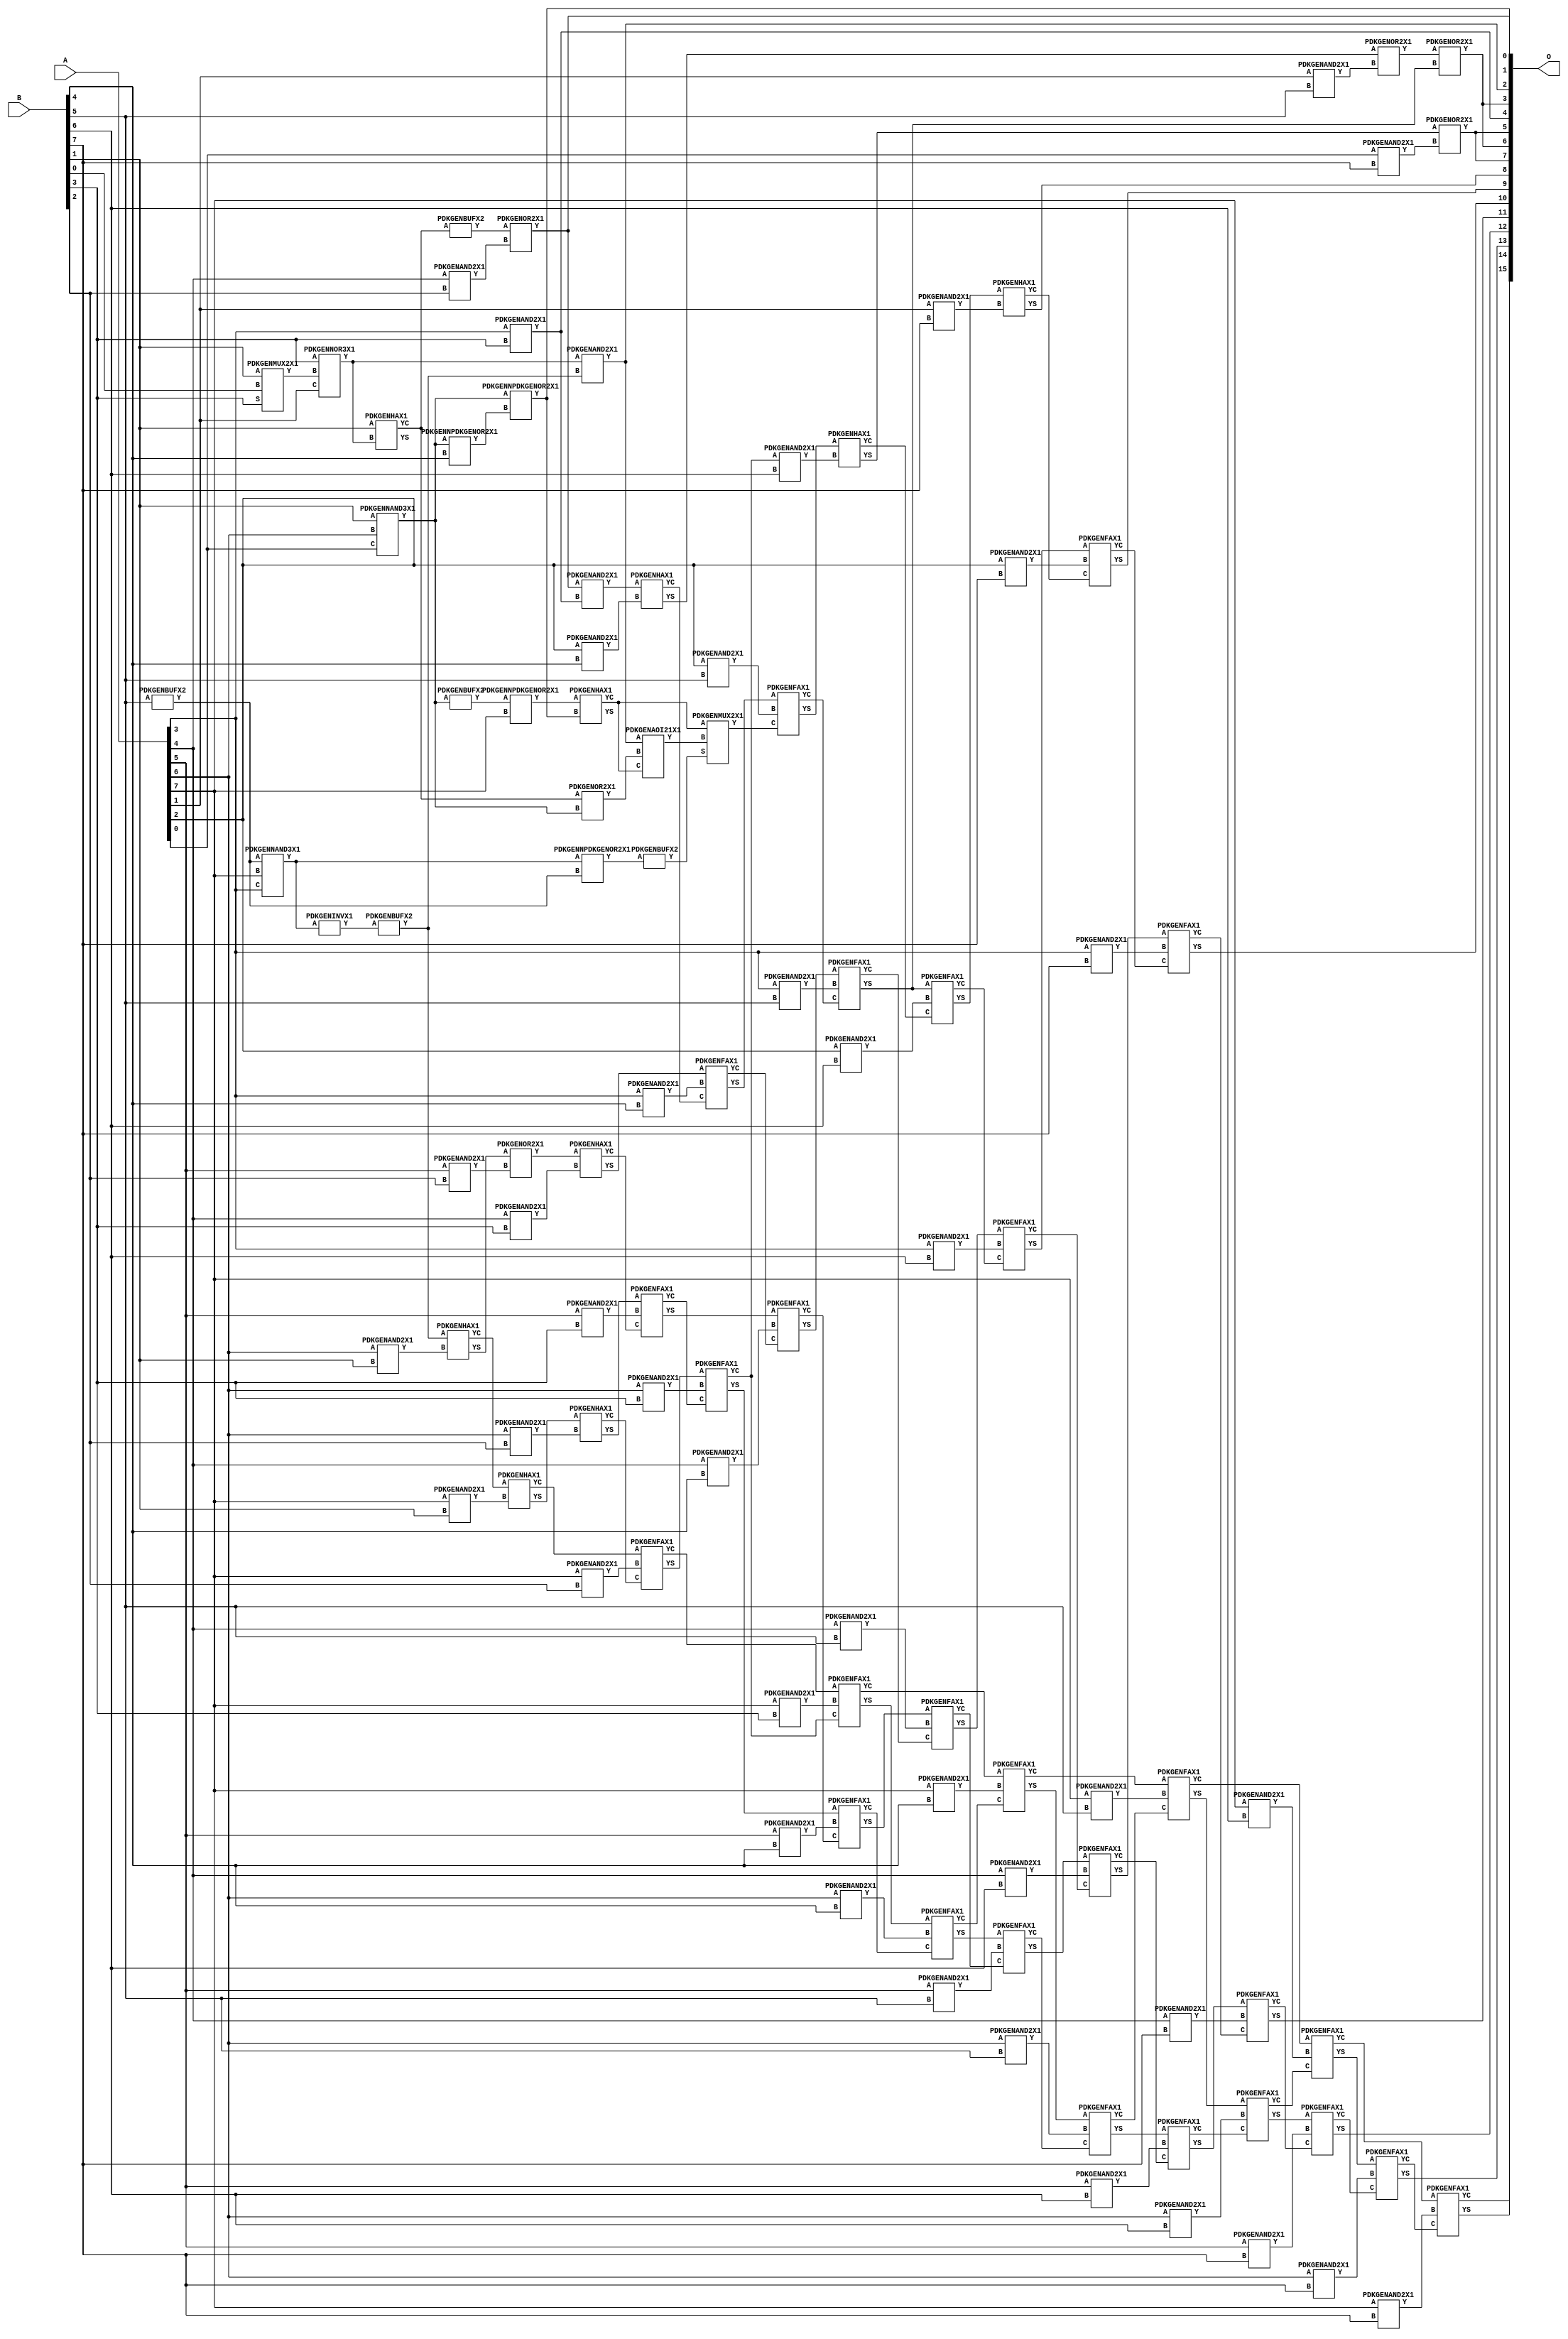
// Library = EvoApprox8b
// Circuit = mul8_410
// Area   (180) = 5960
// Delay  (180) = 3.880
// Power  (180) = 2594.10
// Area   (45) = 434
// Delay  (45) = 1.400
// Power  (45) = 225.00
// Nodes = 99
// HD = 318672
// MAE = 186.89563
// MSE = 54876.71094
// MRE = 4.56 %
// WCE = 920
// WCRE = 100 %
// EP = 97.8 %

module mul8_410(A, B, O);
  input [7:0] A;
  input [7:0] B;
  output [15:0] O;
  wire [2031:0] N;

  assign N[0] = A[0];
  assign N[1] = A[0];
  assign N[2] = A[1];
  assign N[3] = A[1];
  assign N[4] = A[2];
  assign N[5] = A[2];
  assign N[6] = A[3];
  assign N[7] = A[3];
  assign N[8] = A[4];
  assign N[9] = A[4];
  assign N[10] = A[5];
  assign N[11] = A[5];
  assign N[12] = A[6];
  assign N[13] = A[6];
  assign N[14] = A[7];
  assign N[15] = A[7];
  assign N[16] = B[0];
  assign N[17] = B[0];
  assign N[18] = B[1];
  assign N[19] = B[1];
  assign N[20] = B[2];
  assign N[21] = B[2];
  assign N[22] = B[3];
  assign N[23] = B[3];
  assign N[24] = B[4];
  assign N[25] = B[4];
  assign N[26] = B[5];
  assign N[27] = B[5];
  assign N[28] = B[6];
  assign N[29] = B[6];
  assign N[30] = B[7];
  assign N[31] = B[7];

  PDKGENNAND3X1 n32(.A(N[18]), .B(N[12]), .C(N[0]), .Y(N[32]));
  assign N[33] = N[32];
  PDKGENMUX2X1 n34(.A(N[18]), .B(N[16]), .S(N[22]), .Y(N[34]));
  PDKGENNOR3X1 n38(.A(N[22]), .B(N[34]), .C(N[2]), .Y(N[38]));
  assign N[39] = N[38];
  PDKGENHAX1 n40(.A(N[18]), .B(N[39]), .YS(N[40]), .YC(N[41]));
  PDKGENNPDKGENOR2X1 n42(.A(N[33]), .B(N[24]), .Y(N[42]));
  PDKGENBUFX2 n46(.A(N[26]), .Y(N[46]));
  PDKGENNAND3X1 n48(.A(N[46]), .B(N[14]), .C(N[6]), .Y(N[48]));
  assign N[49] = N[48];
  PDKGENOR2X1 n50(.A(N[41]), .B(N[32]), .Y(N[50]));
  assign N[51] = N[50];
  PDKGENNPDKGENOR2X1 n54(.A(N[33]), .B(N[42]), .Y(N[54]));
  PDKGENBUFX2 n56(.A(N[33]), .Y(N[56]));
  assign N[57] = N[56];
  PDKGENINVX1 n60(.A(N[49]), .Y(N[60]));
  assign N[61] = N[60];
  PDKGENNPDKGENOR2X1 n72(.A(N[49]), .B(N[46]), .Y(N[72]));
  assign N[73] = N[72];
  PDKGENBUFX2 n76(.A(N[61]), .Y(N[76]));
  assign N[77] = N[76];
  PDKGENAND2X1 n82(.A(N[39]), .B(N[76]), .Y(N[82]));
  assign N[83] = N[82];
  PDKGENNPDKGENOR2X1 n96(.A(N[57]), .B(N[14]), .Y(N[96]));
  assign N[97] = N[96];
  PDKGENHAX1 n120(.A(N[97]), .B(N[54]), .YS(N[120]), .YC(N[121]));
  PDKGENAOI21X1 n146(.A(N[83]), .B(N[51]), .C(N[121]), .Y(N[146]));
  PDKGENBUFX2 n224(.A(N[73]), .Y(N[224]));
  assign N[225] = N[224];
  PDKGENMUX2X1 n242(.A(N[121]), .B(N[146]), .S(N[225]), .Y(N[242]));
  assign N[243] = N[242];
  PDKGENAND2X1 n264(.A(N[12]), .B(N[18]), .Y(N[264]));
  PDKGENAND2X1 n282(.A(N[14]), .B(N[18]), .Y(N[282]));
  PDKGENBUFX2 n376(.A(N[41]), .Y(N[376]));
  assign N[377] = N[376];
  PDKGENHAX1 n398(.A(N[77]), .B(N[264]), .YS(N[398]), .YC(N[399]));
  PDKGENHAX1 n414(.A(N[399]), .B(N[282]), .YS(N[414]), .YC(N[415]));
  PDKGENAND2X1 n498(.A(N[8]), .B(N[20]), .Y(N[498]));
  PDKGENAND2X1 n514(.A(N[10]), .B(N[20]), .Y(N[514]));
  PDKGENAND2X1 n532(.A(N[12]), .B(N[20]), .Y(N[532]));
  PDKGENAND2X1 n548(.A(N[14]), .B(N[20]), .Y(N[548]));
  PDKGENOR2X1 n632(.A(N[377]), .B(N[498]), .Y(N[632]));
  assign N[633] = N[632];
  PDKGENOR2X1 n648(.A(N[398]), .B(N[514]), .Y(N[648]));
  PDKGENHAX1 n664(.A(N[414]), .B(N[532]), .YS(N[664]), .YC(N[665]));
  PDKGENFAX1 n682(.A(N[415]), .B(N[548]), .C(N[665]), .YS(N[682]), .YC(N[683]));
  PDKGENAND2X1 n748(.A(N[6]), .B(N[22]), .Y(N[748]));
  assign N[749] = N[748];
  PDKGENAND2X1 n764(.A(N[8]), .B(N[22]), .Y(N[764]));
  PDKGENAND2X1 n782(.A(N[10]), .B(N[22]), .Y(N[782]));
  PDKGENAND2X1 n798(.A(N[12]), .B(N[22]), .Y(N[798]));
  PDKGENAND2X1 n814(.A(N[14]), .B(N[22]), .Y(N[814]));
  PDKGENAND2X1 n882(.A(N[632]), .B(N[748]), .Y(N[882]));
  PDKGENHAX1 n898(.A(N[648]), .B(N[764]), .YS(N[898]), .YC(N[899]));
  PDKGENFAX1 n914(.A(N[664]), .B(N[782]), .C(N[899]), .YS(N[914]), .YC(N[915]));
  PDKGENFAX1 n932(.A(N[682]), .B(N[798]), .C(N[915]), .YS(N[932]), .YC(N[933]));
  PDKGENFAX1 n948(.A(N[683]), .B(N[814]), .C(N[933]), .YS(N[948]), .YC(N[949]));
  PDKGENAND2X1 n998(.A(N[4]), .B(N[24]), .Y(N[998]));
  PDKGENAND2X1 n1014(.A(N[6]), .B(N[24]), .Y(N[1014]));
  PDKGENAND2X1 n1032(.A(N[8]), .B(N[24]), .Y(N[1032]));
  PDKGENAND2X1 n1048(.A(N[10]), .B(N[24]), .Y(N[1048]));
  PDKGENAND2X1 n1064(.A(N[12]), .B(N[24]), .Y(N[1064]));
  PDKGENAND2X1 n1082(.A(N[14]), .B(N[24]), .Y(N[1082]));
  PDKGENHAX1 n1132(.A(N[882]), .B(N[998]), .YS(N[1132]), .YC(N[1133]));
  PDKGENFAX1 n1148(.A(N[898]), .B(N[1014]), .C(N[1133]), .YS(N[1148]), .YC(N[1149]));
  PDKGENFAX1 n1164(.A(N[914]), .B(N[1032]), .C(N[1149]), .YS(N[1164]), .YC(N[1165]));
  PDKGENFAX1 n1182(.A(N[932]), .B(N[1048]), .C(N[1165]), .YS(N[1182]), .YC(N[1183]));
  PDKGENFAX1 n1198(.A(N[948]), .B(N[1064]), .C(N[1183]), .YS(N[1198]), .YC(N[1199]));
  PDKGENFAX1 n1214(.A(N[949]), .B(N[1082]), .C(N[1199]), .YS(N[1214]), .YC(N[1215]));
  PDKGENAND2X1 n1248(.A(N[2]), .B(N[26]), .Y(N[1248]));
  PDKGENAND2X1 n1264(.A(N[4]), .B(N[26]), .Y(N[1264]));
  PDKGENAND2X1 n1282(.A(N[6]), .B(N[26]), .Y(N[1282]));
  PDKGENAND2X1 n1298(.A(N[8]), .B(N[26]), .Y(N[1298]));
  PDKGENAND2X1 n1314(.A(N[10]), .B(N[26]), .Y(N[1314]));
  PDKGENAND2X1 n1332(.A(N[12]), .B(N[26]), .Y(N[1332]));
  PDKGENAND2X1 n1348(.A(N[14]), .B(N[26]), .Y(N[1348]));
  PDKGENOR2X1 n1382(.A(N[1132]), .B(N[1248]), .Y(N[1382]));
  PDKGENFAX1 n1398(.A(N[1148]), .B(N[1264]), .C(N[243]), .YS(N[1398]), .YC(N[1399]));
  PDKGENFAX1 n1414(.A(N[1164]), .B(N[1282]), .C(N[1399]), .YS(N[1414]), .YC(N[1415]));
  PDKGENFAX1 n1432(.A(N[1182]), .B(N[1298]), .C(N[1415]), .YS(N[1432]), .YC(N[1433]));
  PDKGENFAX1 n1448(.A(N[1198]), .B(N[1314]), .C(N[1433]), .YS(N[1448]), .YC(N[1449]));
  PDKGENFAX1 n1464(.A(N[1214]), .B(N[1332]), .C(N[1449]), .YS(N[1464]), .YC(N[1465]));
  PDKGENFAX1 n1482(.A(N[1215]), .B(N[1348]), .C(N[1465]), .YS(N[1482]), .YC(N[1483]));
  PDKGENAND2X1 n1514(.A(N[933]), .B(N[28]), .Y(N[1514]));
  PDKGENAND2X1 n1532(.A(N[4]), .B(N[28]), .Y(N[1532]));
  PDKGENAND2X1 n1548(.A(N[6]), .B(N[28]), .Y(N[1548]));
  PDKGENAND2X1 n1564(.A(N[8]), .B(N[28]), .Y(N[1564]));
  PDKGENAND2X1 n1582(.A(N[10]), .B(N[28]), .Y(N[1582]));
  PDKGENAND2X1 n1598(.A(N[12]), .B(N[28]), .Y(N[1598]));
  PDKGENAND2X1 n1614(.A(N[14]), .B(N[28]), .Y(N[1614]));
  PDKGENOR2X1 n1632(.A(N[1382]), .B(N[1414]), .Y(N[1632]));
  PDKGENHAX1 n1648(.A(N[1398]), .B(N[1514]), .YS(N[1648]), .YC(N[1649]));
  PDKGENFAX1 n1664(.A(N[1414]), .B(N[1532]), .C(N[1649]), .YS(N[1664]), .YC(N[1665]));
  PDKGENFAX1 n1682(.A(N[1432]), .B(N[1548]), .C(N[1665]), .YS(N[1682]), .YC(N[1683]));
  PDKGENFAX1 n1698(.A(N[1448]), .B(N[1564]), .C(N[1683]), .YS(N[1698]), .YC(N[1699]));
  PDKGENFAX1 n1714(.A(N[1464]), .B(N[1582]), .C(N[1699]), .YS(N[1714]), .YC(N[1715]));
  PDKGENFAX1 n1732(.A(N[1482]), .B(N[1598]), .C(N[1715]), .YS(N[1732]), .YC(N[1733]));
  PDKGENFAX1 n1748(.A(N[1483]), .B(N[1614]), .C(N[1733]), .YS(N[1748]), .YC(N[1749]));
  PDKGENAND2X1 n1764(.A(N[0]), .B(N[30]), .Y(N[1764]));
  PDKGENAND2X1 n1782(.A(N[2]), .B(N[30]), .Y(N[1782]));
  PDKGENAND2X1 n1798(.A(N[4]), .B(N[30]), .Y(N[1798]));
  PDKGENAND2X1 n1814(.A(N[6]), .B(N[30]), .Y(N[1814]));
  PDKGENAND2X1 n1832(.A(N[8]), .B(N[30]), .Y(N[1832]));
  PDKGENAND2X1 n1848(.A(N[10]), .B(N[30]), .Y(N[1848]));
  PDKGENAND2X1 n1864(.A(N[12]), .B(N[30]), .Y(N[1864]));
  PDKGENAND2X1 n1882(.A(N[14]), .B(N[30]), .Y(N[1882]));
  PDKGENOR2X1 n1898(.A(N[1648]), .B(N[1764]), .Y(N[1898]));
  PDKGENHAX1 n1914(.A(N[1664]), .B(N[1782]), .YS(N[1914]), .YC(N[1915]));
  PDKGENFAX1 n1932(.A(N[1682]), .B(N[1798]), .C(N[1915]), .YS(N[1932]), .YC(N[1933]));
  PDKGENFAX1 n1948(.A(N[1698]), .B(N[1814]), .C(N[1933]), .YS(N[1948]), .YC(N[1949]));
  PDKGENFAX1 n1964(.A(N[1714]), .B(N[1832]), .C(N[1949]), .YS(N[1964]), .YC(N[1965]));
  PDKGENFAX1 n1982(.A(N[1732]), .B(N[1848]), .C(N[1965]), .YS(N[1982]), .YC(N[1983]));
  PDKGENFAX1 n1998(.A(N[1748]), .B(N[1864]), .C(N[1983]), .YS(N[1998]), .YC(N[1999]));
  PDKGENFAX1 n2014(.A(N[1749]), .B(N[1882]), .C(N[1999]), .YS(N[2014]), .YC(N[2015]));

  assign O[0] = N[633];
  assign O[1] = N[54];
  assign O[2] = N[83];
  assign O[3] = N[1632];
  assign O[4] = N[749];
  assign O[5] = N[1898];
  assign O[6] = N[1632];
  assign O[7] = N[1898];
  assign O[8] = N[1914];
  assign O[9] = N[1932];
  assign O[10] = N[1948];
  assign O[11] = N[1964];
  assign O[12] = N[1982];
  assign O[13] = N[1998];
  assign O[14] = N[2014];
  assign O[15] = N[2015];

endmodule
/* mod */
module PDKGENAOI21X1( input A, input B, input C, output Y );
    assign Y = ~((A & B) | C);
endmodule
/* mod */
module PDKGENFAX1( input A, input B, input C, output YS, output YC );
    assign YS = (A ^ B) ^ C;
    assign YC = (A & B) | (B & C) | (A & C);
endmodule
/* mod */
module PDKGENMUX2X1( input A, input B, input S, output Y );
    assign Y = (A & ~S) | (B & S);
endmodule
/* mod */
module PDKGENAND2X1(input A, input B, output Y );
     assign Y = A & B;
endmodule
/* mod */
module PDKGENNOR3X1(input A, input B, input C, output Y );
     assign Y = ~((A | B) | C);
endmodule
/* mod */
module PDKGENHAX1( input A, input B, output YS, output YC );
    assign YS = A ^ B;
    assign YC = A & B;
endmodule
/* mod */
module PDKGENINVX1(input A, output Y );
     assign Y = ~A;
endmodule
/* mod */
module PDKGENNPDKGENOR2X1(input A, input B, output Y );
     assign Y = ~(A | B);
endmodule
/* mod */
module PDKGENNAND3X1(input A, input B, input C, output Y );
     assign Y = ~((A & B) & C);
endmodule
/* mod */
module PDKGENBUFX2(input A, output Y );
     assign Y = A;
endmodule
/* mod */
module PDKGENOR2X1(input A, input B, output Y );
     assign Y = A | B;
endmodule